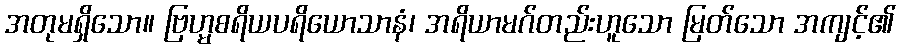
အတုမရှိသော။ ဗြဟ္မစရိယပရိယောသာနံ၊ အရိယာမဂ်တည်းဟူသော မြတ်သော အကျင့်၏